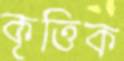
কৃত্তিক